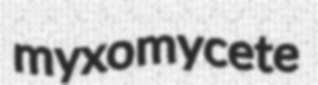
myxomycete